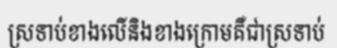
ស្រទាប់ខាងលើនិងខាងក្រោមគឺជាស្រទាប់